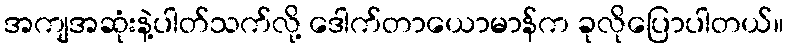
အကျအဆုံးနဲ့ပါတ်သက်လို့ ဒေါက်တာယောမာန်က ခုလိုပြောပါတယ်။